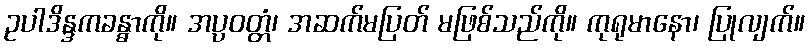
ဥပါဒိန္ဒကခန္ဓာကို။ အပ္ပဝတ္တံ၊ အဆက်မပြတ် မဖြစ်သည်ကို။ ကုရုမာနော၊ ပြုလျက်။